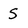
Character: s